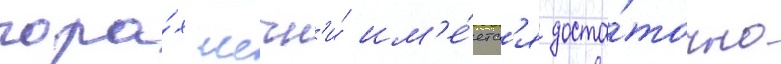
гора́х чечн'и́ им'е́етс'я доста́точно